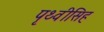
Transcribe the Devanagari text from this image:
पृथ्वीसिह